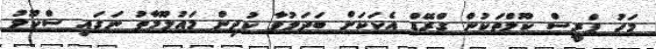
މަހު ޕްރީސް ކޫލްތަކުން ގްރޭޑް އެކަކަށް ބަދަލުވާ ކުދިން މައުލޫމާތު ނަގައި ސްކޫލު